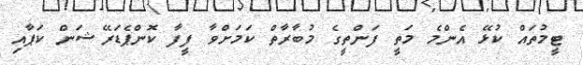
ޓީމުތައް ކުޅޭ އެންމެ މަތީ ފަންތީގެ މުބާރާތް ކަމަށްވާ ފީފާ ކޮންޕެޑަރޭޝަން ކަޕާއި